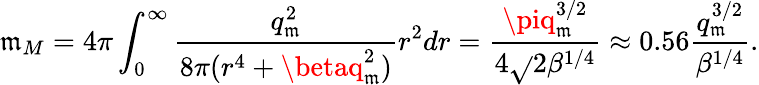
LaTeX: \mathfrak{m}_{M}=4\pi\int_{0}^{\infty}\frac{{q_{\mathfrak{m}}^{2}}}{{8\pi(r^{4}+\betaq_{\mathfrak{m}}^{2})}}r^{2}dr=\frac{{\piq_{\mathfrak{m}}^{3/2}}}{{4\sqrt{}{{2}}\beta^{1/4}}}\approx0.56\frac{{q_{\mathfrak{m}}^{3/2}}}{{\beta^{1/4}}}.